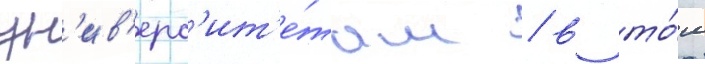
ун'ив'ерс'ит'е́там / в то́м